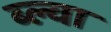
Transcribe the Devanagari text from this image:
ब्ल्वा